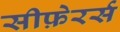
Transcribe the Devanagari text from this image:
सीफ़ेरर्स